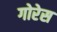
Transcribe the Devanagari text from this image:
गोरेस